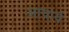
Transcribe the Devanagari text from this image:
आयार्य